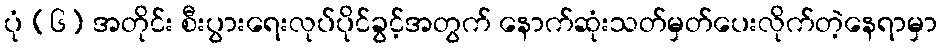
ပုံ (၆) အတိုင်း စီးပွားရေးလုပ်ပိုင်ခွင့်အတွက် နောက်ဆုံးသတ်မှတ်ပေးလိုက်တဲ့နေရာမှာ